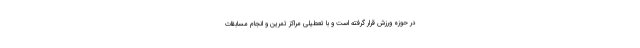
در حوزه ورزش قرار گرفته است و با تعطیلی مراکز تمرین و انجام مسابقات